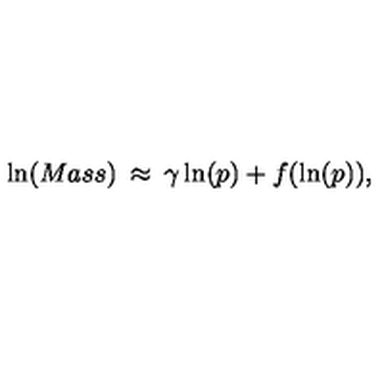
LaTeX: \ln ( M a s s ) \: \approx \: \gamma \ln ( p ) + f ( \ln ( p ) ) ,